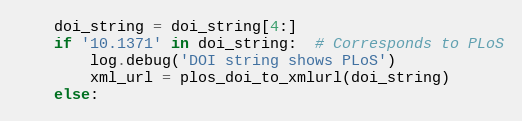
Language: Python
    doi_string = doi_string[4:]
    if '10.1371' in doi_string:  # Corresponds to PLoS
        log.debug('DOI string shows PLoS')
        xml_url = plos_doi_to_xmlurl(doi_string)
    else: